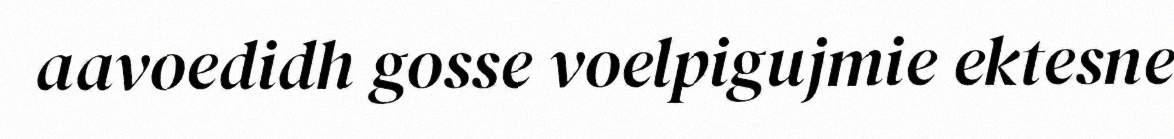
aavoedidh gosse voelpigujmie ektesne